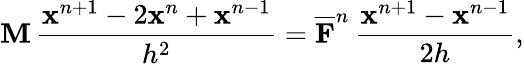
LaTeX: \mathbf{M}\, \frac{\mathbf{x}^{n+1}-2\mathbf{x}^{n}+\mathbf{x}^{n-1}}{h^{2}}=\overline{\mathbf{F}}^{n}\, \frac{\mathbf{x}^{n+1}-\mathbf{x}^{n-1}}{2h},